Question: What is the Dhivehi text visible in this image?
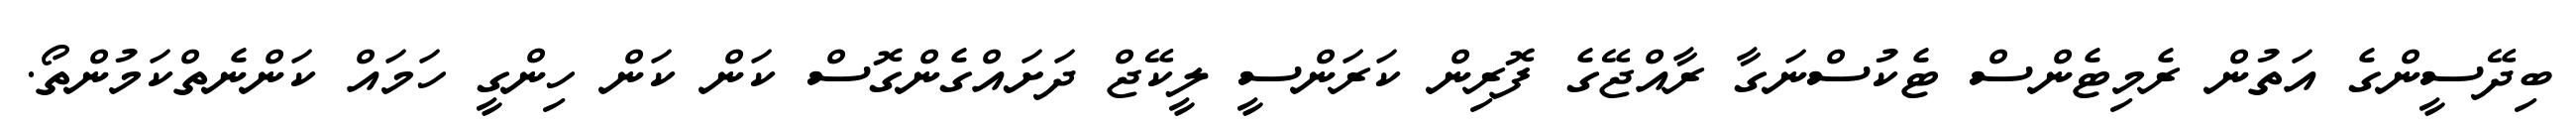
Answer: ބިދޭސީންގެ އަތުން ރެމިޓެންސް ޓެކުސްނަގާ ރާއްޖޭގެ ފޮރިން ކަރަންސީ ލީކޭޖް ދަށައްގެންގޮސް ކަން ކަން ހިންގީ ހަމައް ކަންނެތްކަމުންތޯ.